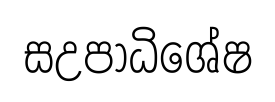
සඋපාධිශේෂ